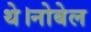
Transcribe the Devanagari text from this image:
थे।नोबेल